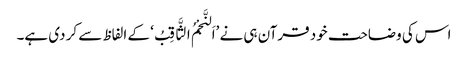
اس کی وضاحت خود قرآن ہی نے ’اَلنَّجْمُ الثَّاقِبُ‘ کے الفاظ سے کر دی ہے۔